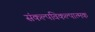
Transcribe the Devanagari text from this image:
संकल्पविकल्पात्मक